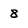
Character: 8